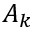
A _ { k }